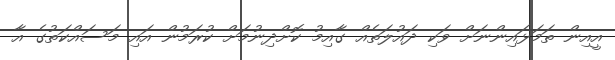
އީއިން ތަމަޅައިންނަށް ވަކި ދައުލަތެއް ގާއިމު ކޮށްދިނުމަށް ކުރަމުން އައި މަސައްކަތުގެ އާ